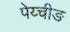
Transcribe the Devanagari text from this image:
पेय्चीङ